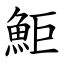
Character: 鮔